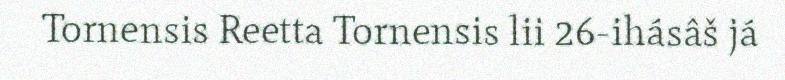
Tornensis Reetta Tornensis lii 26-ihásâš já